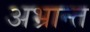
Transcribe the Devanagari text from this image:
अभ्रान्त